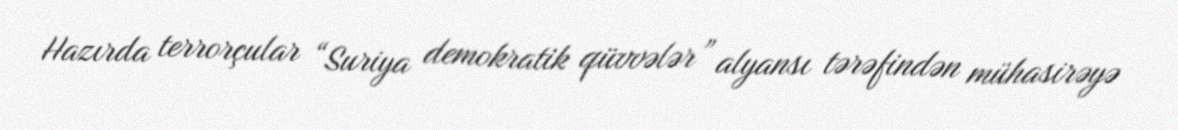
Hazırda terrorçular “Suriya demokratik qüvvələr” alyansı tərəfindən mühasirəyə